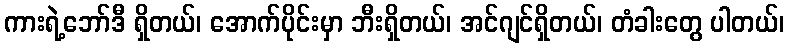
ကားရဲ့ဘော်ဒီ ရှိတယ်၊ အောက်ပိုင်းမှာ ဘီးရှိတယ်၊ အင်ဂျင်ရှိတယ်၊ တံခါးတွေ ပါတယ်၊